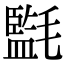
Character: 㲯